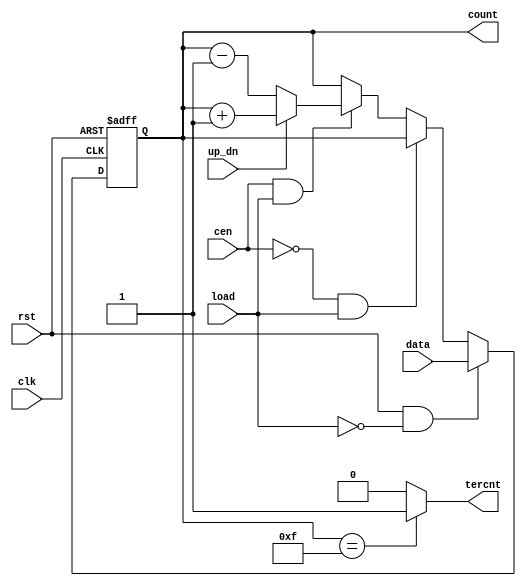
module DW03_UPDN_CTR( data, up_dn, load, cen, clk, rst, count, tercnt );

parameter width = 4;

input  [width-1:0] data;
input 	           up_dn;
input 	           load;
input 	           cen;
input  	           clk;
input 	           rst;
output [width-1:0] count;
output 	           tercnt;

reg    [width-1:0] count_intern;

always @(posedge(clk) or negedge(rst))
begin
	if (~rst) count_intern <= 'b0;
	else if (rst & load == 0) count_intern <= data;
	else if (cen == 0 & load == 1) count_intern <= count_intern;
	else if (cen == 1 & load == 1)
	begin
		if (up_dn) count_intern <= count_intern + 1;
		else count_intern <= count_intern - 1;
	end
end

assign count = count_intern;

assign tercnt = (count_intern == 4'b1111) ? 1 : 0;

endmodule